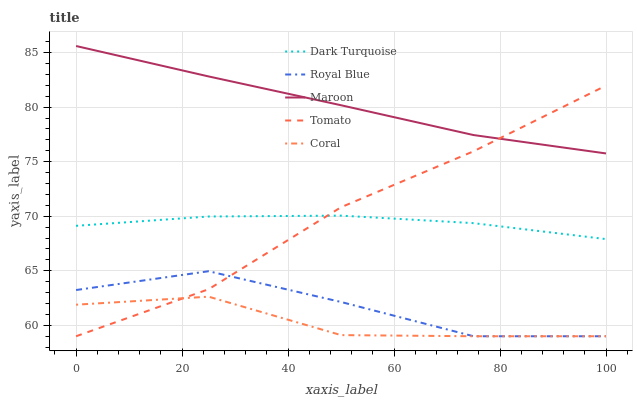
| xaxis_label | Dark Turquoise | Royal Blue | Maroon | Tomato | Coral |
 | --- | --- | --- | --- | --- | --- |
 | 0 | 69.1 | 63.2 | 85.6 | 59 | 61.9 |
 | 25 | 70 | 65 | 82.8 | 63.3 | 62.6 |
 | 50 | 70.1 | 62.1 | 80.2 | 70.8 | 59.1 |
 | 75 | 69.4 | 59 | 77.4 | 76 | 59 |
 | 100 | 67.9 | 59 | 75.8 | 82 | 59 |